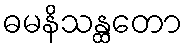
ဓမနိသန္ထတော